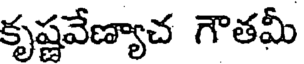
కృష్ణవేణ్యాచ గౌతమీ